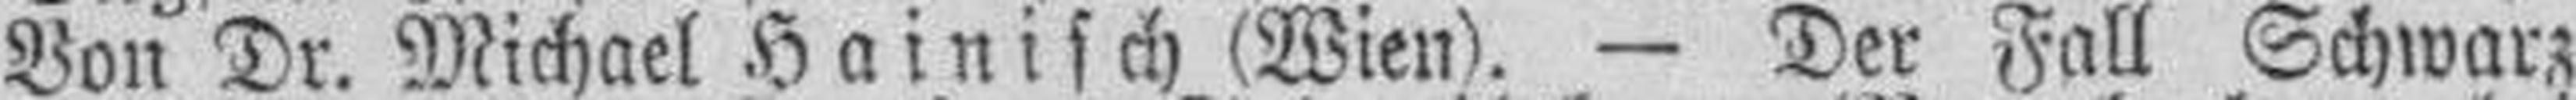
Von Dr. Michael Hainisch (Wien). — Der Fall Schwarz